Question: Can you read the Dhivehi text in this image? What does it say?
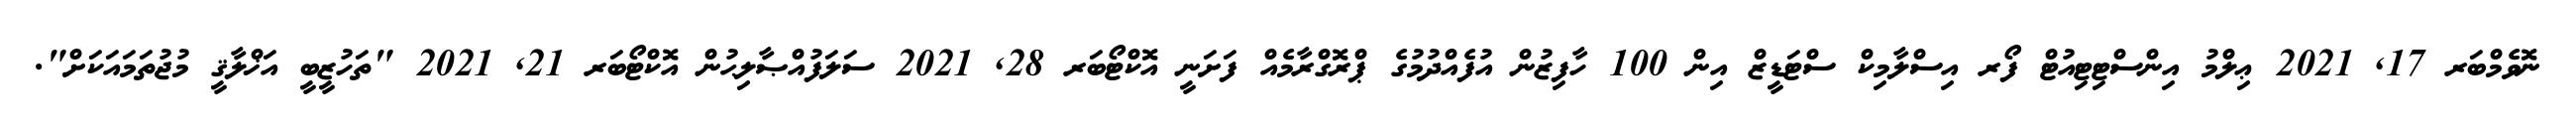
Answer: ނޮވެމްބަރ 17, 2021 ޢިލްމު އިންސްޓިޓިއުޓް ފޯރ އިސްލާމިކް ސްޓަޑީޒް އިން 100 ހާފިޒުން އުފެއްދުމުގެ ޕްރޮގްރާމެއް ފަށަނީ އޮކްޓޯބަރ 28, 2021 ސަލަފުއްޞާލިޙުން އޮކްޓޯބަރ 21, 2021 "ތަހުޒީބީ އަޚްލާޤީ މުޖުތަމައަކަށް".